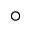
^ { \circ }